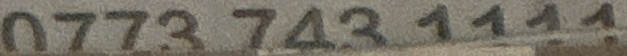
0773 743 1111